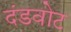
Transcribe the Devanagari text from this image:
दंडवोट